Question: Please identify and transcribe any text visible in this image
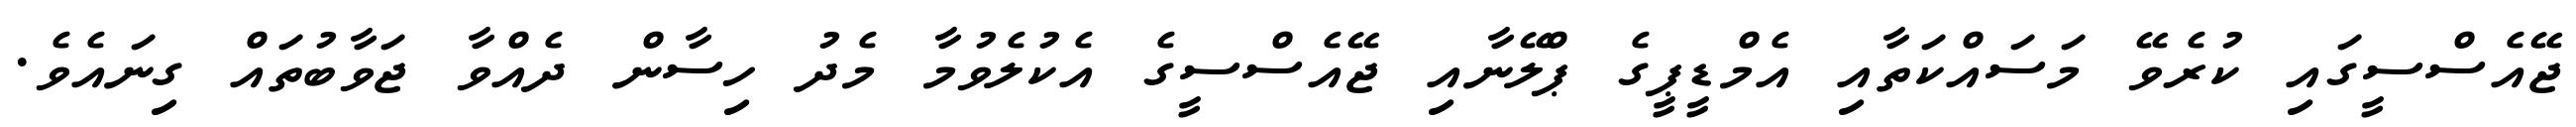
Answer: ޖޭއެސްސީގައި ކުރެވޭ މަސައްކަތާއި އެމްޑީޕީގެ ޕްލޭނާއި ޖޭއެސްސީގެ އެކުލެވުމާ މެދު ހިސާން ދެއްވާ ޖަވާބުތައް ގިނައެވެ.